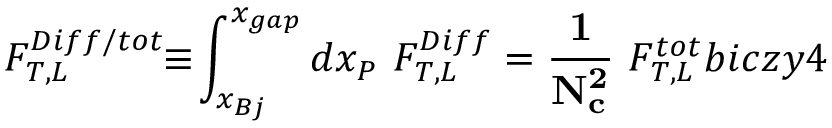
F _ { T , L } ^ { D i f f / t o t } \! \! \equiv \! \int _ { x _ { B j } } ^ { x _ { g a p } } d x _ { P } \ F _ { T , L } ^ { D i f f } = { \bf \frac 1 { N _ { c } ^ { 2 } } } \ F _ { T , L } ^ { t o t } \l { b i c z y 4 }